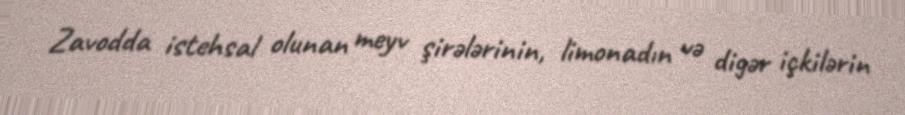
Zavodda istehsal olunan meyv şirələrinin, limonadın və digər içkilərin